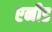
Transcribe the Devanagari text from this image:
एनीड